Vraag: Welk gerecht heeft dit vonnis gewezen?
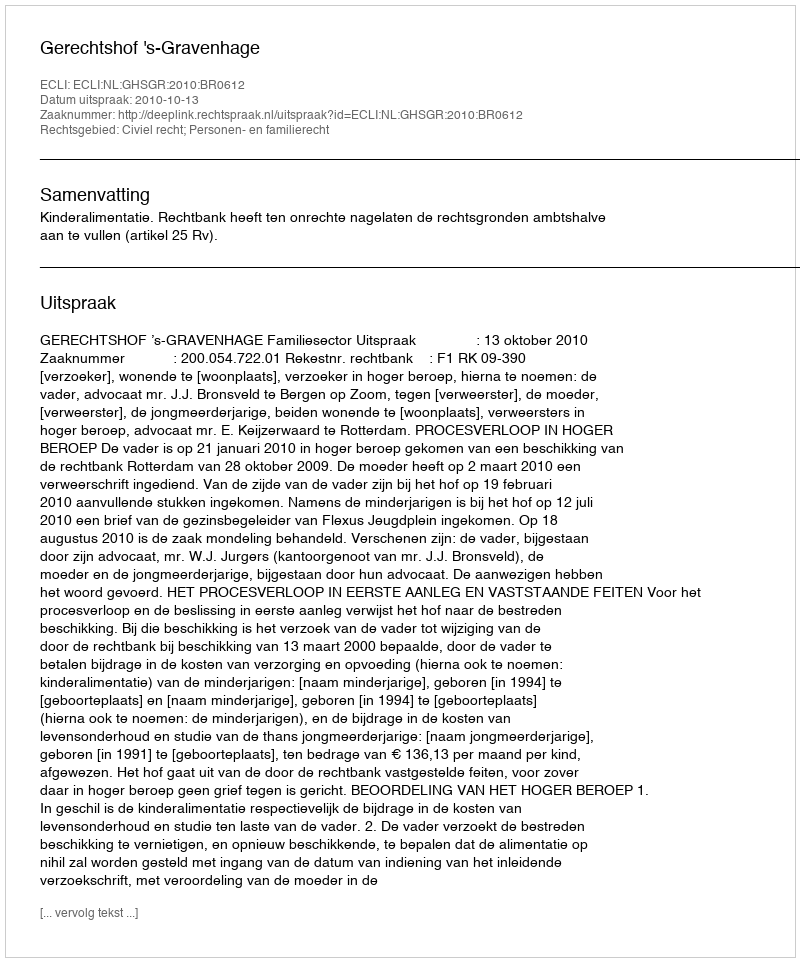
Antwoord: Gerechtshof 's-Gravenhage